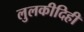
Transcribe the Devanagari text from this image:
लुलकीदिही